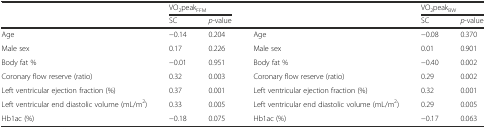
<table><thead><tr><td></td><td colspan="2"><b>VO<sub>2</sub>peak<sub>FFM</sub></b></td><td></td><td colspan="2"><b>VO<sub>2</sub>peak<sub>BW</sub></b></td></tr><tr><td></td><td><b>SC</b></td><td><b><i>p</i>-value</b></td><td></td><td><b>SC</b></td><td><b><i>p</i>-value</b></td></tr></thead><tbody><tr><td>Age</td><td>−0.14</td><td>0.204</td><td>Age</td><td>−0.08</td><td>0.370</td></tr><tr><td>Male sex</td><td>0.17</td><td>0.226</td><td>Male sex</td><td>0.01</td><td>0.901</td></tr><tr><td>Body fat %</td><td>−0.01</td><td>0.951</td><td>Body fat %</td><td>−0.40</td><td>0.002</td></tr><tr><td>Coronary flow reserve (ratio)</td><td>0.32</td><td>0.003</td><td>Coronary flow reserve (ratio)</td><td>0.29</td><td>0.002</td></tr><tr><td>Left ventricular ejection fraction (%)</td><td>0.37</td><td>0.001</td><td>Left ventricular ejection fraction (%)</td><td>0.32</td><td>0.001</td></tr><tr><td>Left ventricular end diastolic volume (mL/m<sup>2</sup>)</td><td>0.33</td><td>0.005</td><td>Left ventricular end diastolic volume (mL/m<sup>2</sup>)</td><td>0.29</td><td>0.005</td></tr><tr><td>Hb1ac (%)</td><td>−0.18</td><td>0.075</td><td>Hb1ac (%)</td><td>−0.17</td><td>0.063</td></tr></tbody></table>